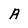
Character: A